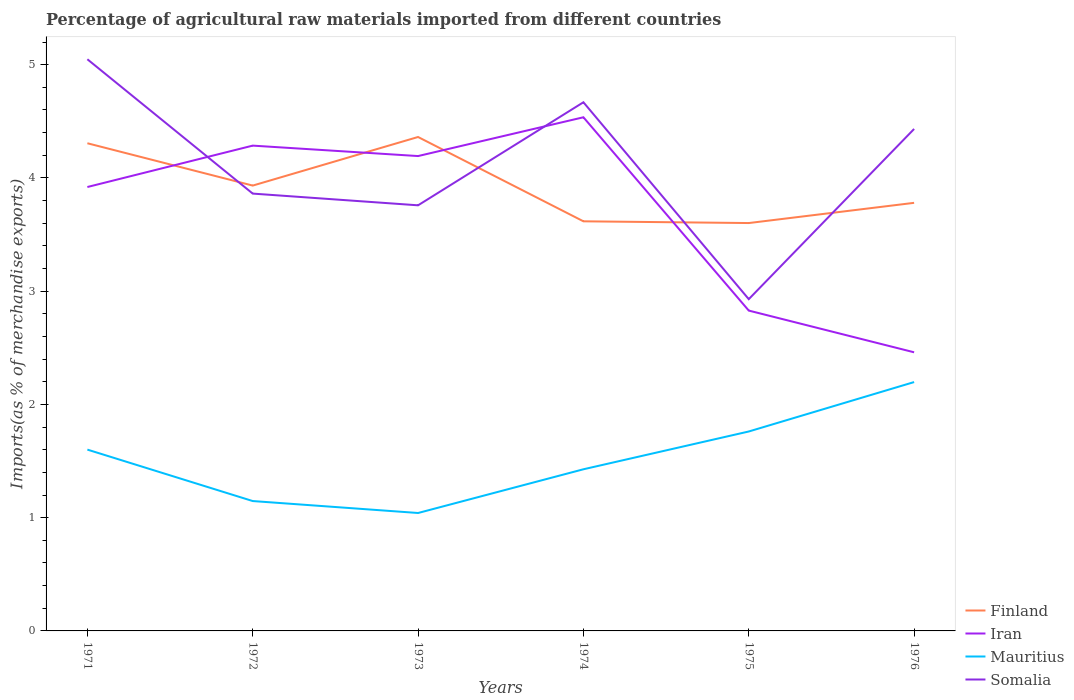
| Years | Finland | Iran | Mauritius | Somalia |
 | --- | --- | --- | --- | --- |
 | 1971 | 4.31 | 3.92 | 1.6 | 5.05 |
 | 1972 | 3.93 | 4.29 | 1.15 | 3.86 |
 | 1973 | 4.36 | 4.19 | 1.04 | 3.76 |
 | 1974 | 3.62 | 4.54 | 1.43 | 4.67 |
 | 1975 | 3.6 | 2.83 | 1.76 | 2.93 |
 | 1976 | 3.78 | 2.46 | 2.2 | 4.43 |